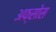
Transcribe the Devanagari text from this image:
अफ्सोस